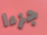
جزءا